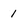
Character: 1